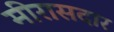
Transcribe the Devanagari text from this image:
मीरासदार